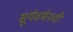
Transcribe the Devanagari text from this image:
सूर्यवर्मनची